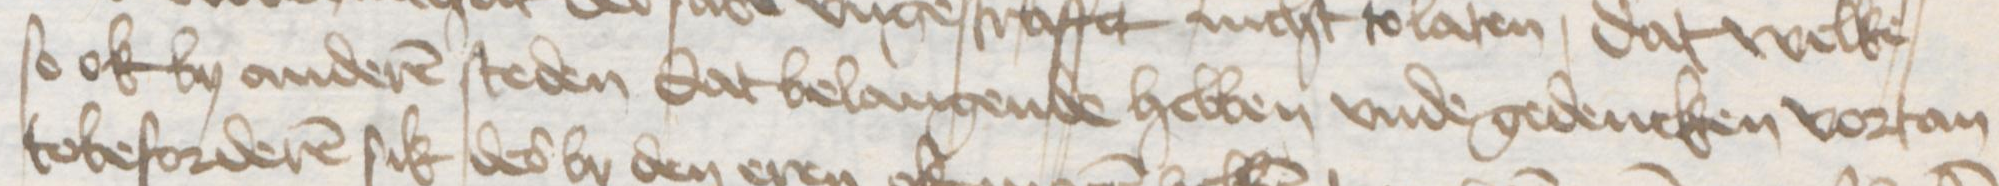
so ok by anderen steden dat belangende hebben vnde gedencken vortan